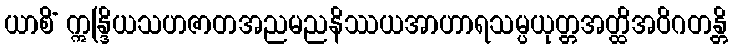
ယာစိံ ဣန္ဒြိယသဟဇာတအညမညနိဿယအာဟာရသမ္ပယုတ္တအတ္ထိအဝိဂတန္တိ